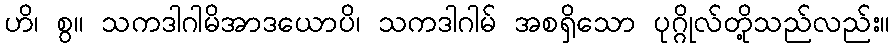
ဟိ၊ စွ။ သကဒါဂါမိအာဒယောပိ၊ သကဒါဂါမ် အစရှိသော ပုဂ္ဂိုလ်တို့သည်လည်း။